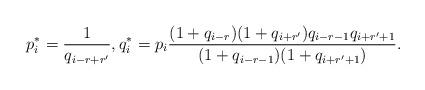
LaTeX: \begin{align*} p_i^*=\frac{1}{q_{i-r+r'}},q_i^*=p_i\frac{(1+q_{i-r})(1+q_{i+r'})q_{i-r-1}q_{i+r'+1}}{(1+q_{i-r-1})(1+q_{i+r'+1})}.\end{align*}